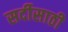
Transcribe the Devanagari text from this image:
सर्दीसाठी